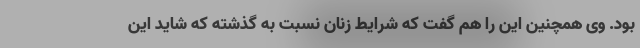
بود. وی همچنین این را هم گفت که شرایط زنان نسبت به گذشته که شاید این